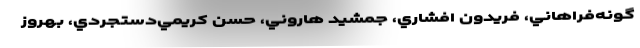
گونه‌فراهاني، فريدون افشاري، جمشيد هاروني، حسن کريمي‌دستجردي، بهروز